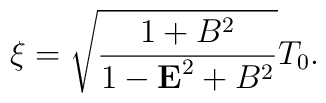
\xi=\sqrt{\frac{1+B^{2}}{1-{\bf E}^{2}+B^{2}}}T_{0}.